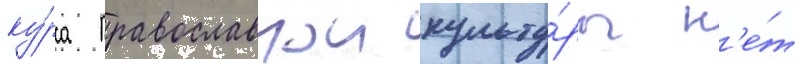
ку́рса православнои культу́ры н'е́т